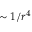
\sim 1 / r ^ { 4 }